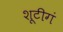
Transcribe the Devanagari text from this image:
शूटीगं